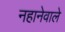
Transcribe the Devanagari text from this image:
नहानेवाले